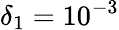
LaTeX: \delta_{1}=10^{-3}